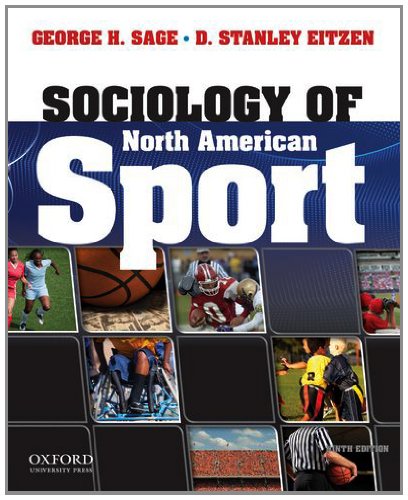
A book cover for Sociology of North American Sport; George H. Sage; Sports & Outdoors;